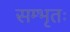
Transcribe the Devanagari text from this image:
सम्भृतः